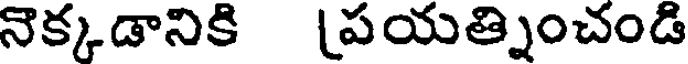
నొక్కడానికి ప్రయత్నించండి